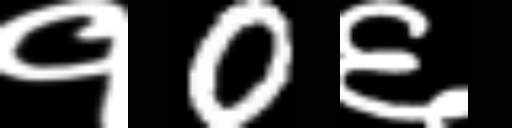
Text: १0६